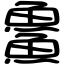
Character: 𩺰